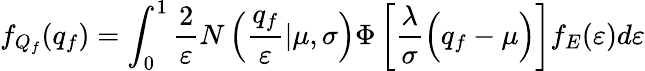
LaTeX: f_{Q_{f}}(q_{f})=\int_{0}^{1}\frac{2}{\varepsilon}N\left(\frac{q_{f}}{\varepsilon}|\mu,\sigma\right)\Phi\left[\frac{\lambda}{\sigma}\Bigl(q_{f}-\mu\Bigr)\right]f_{E}(\varepsilon)d\varepsilon